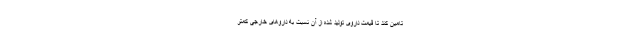
تامین کند تا قیمت داروی تولید شده از آن نسبت به داروهای خارجی کمتر